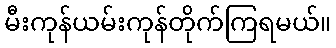
မီးကုန်ယမ်းကုန်တိုက်ကြရမယ်။